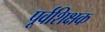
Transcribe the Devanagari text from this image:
पूर्वशिक्षक